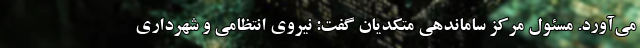
می‌آورد. مسئول مرکز ساماندهی متکدیان گفت: نیروی انتظامی و شهرداری